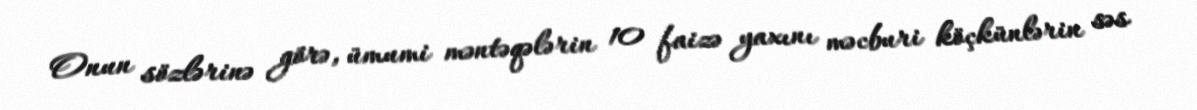
Onun sözlərinə görə, ümumi məntəqələrin 10 faizə yaxını məcburi köçkünlərin səs